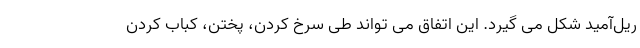
ریل‌آمید شکل می گیرد. این اتفاق می تواند طی سرخ کردن، پختن، کباب کردن